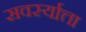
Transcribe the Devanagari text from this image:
सवर्स्यात्ता